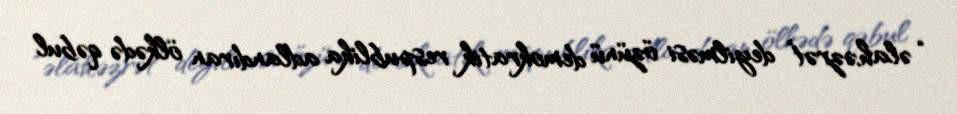
“əlahəzrət” deyilməsi özünü demokratik respublika adlandıran ölkədə qəbul